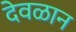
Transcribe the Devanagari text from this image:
देवळान